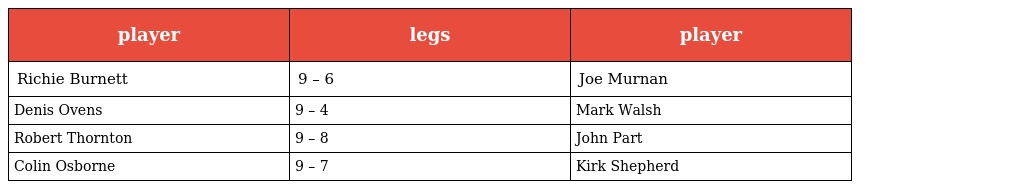
| player | legs | player |
 | --- | --- | --- |
 | Richie Burnett | 9 – 6 | Joe Murnan |
 | Denis Ovens | 9 – 4 | Mark Walsh |
 | Robert Thornton | 9 – 8 | John Part |
 | Colin Osborne | 9 – 7 | Kirk Shepherd |